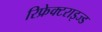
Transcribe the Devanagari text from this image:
रिफ्रेक्टराइज्ड